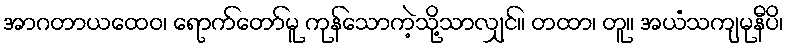
အာဂတာယထေဝ၊ ရောက်တော်မူ ကုန်သောကဲ့သို့သာလျှင်။ တထာ၊ တူ။ အယံသကျမုနီပိ၊